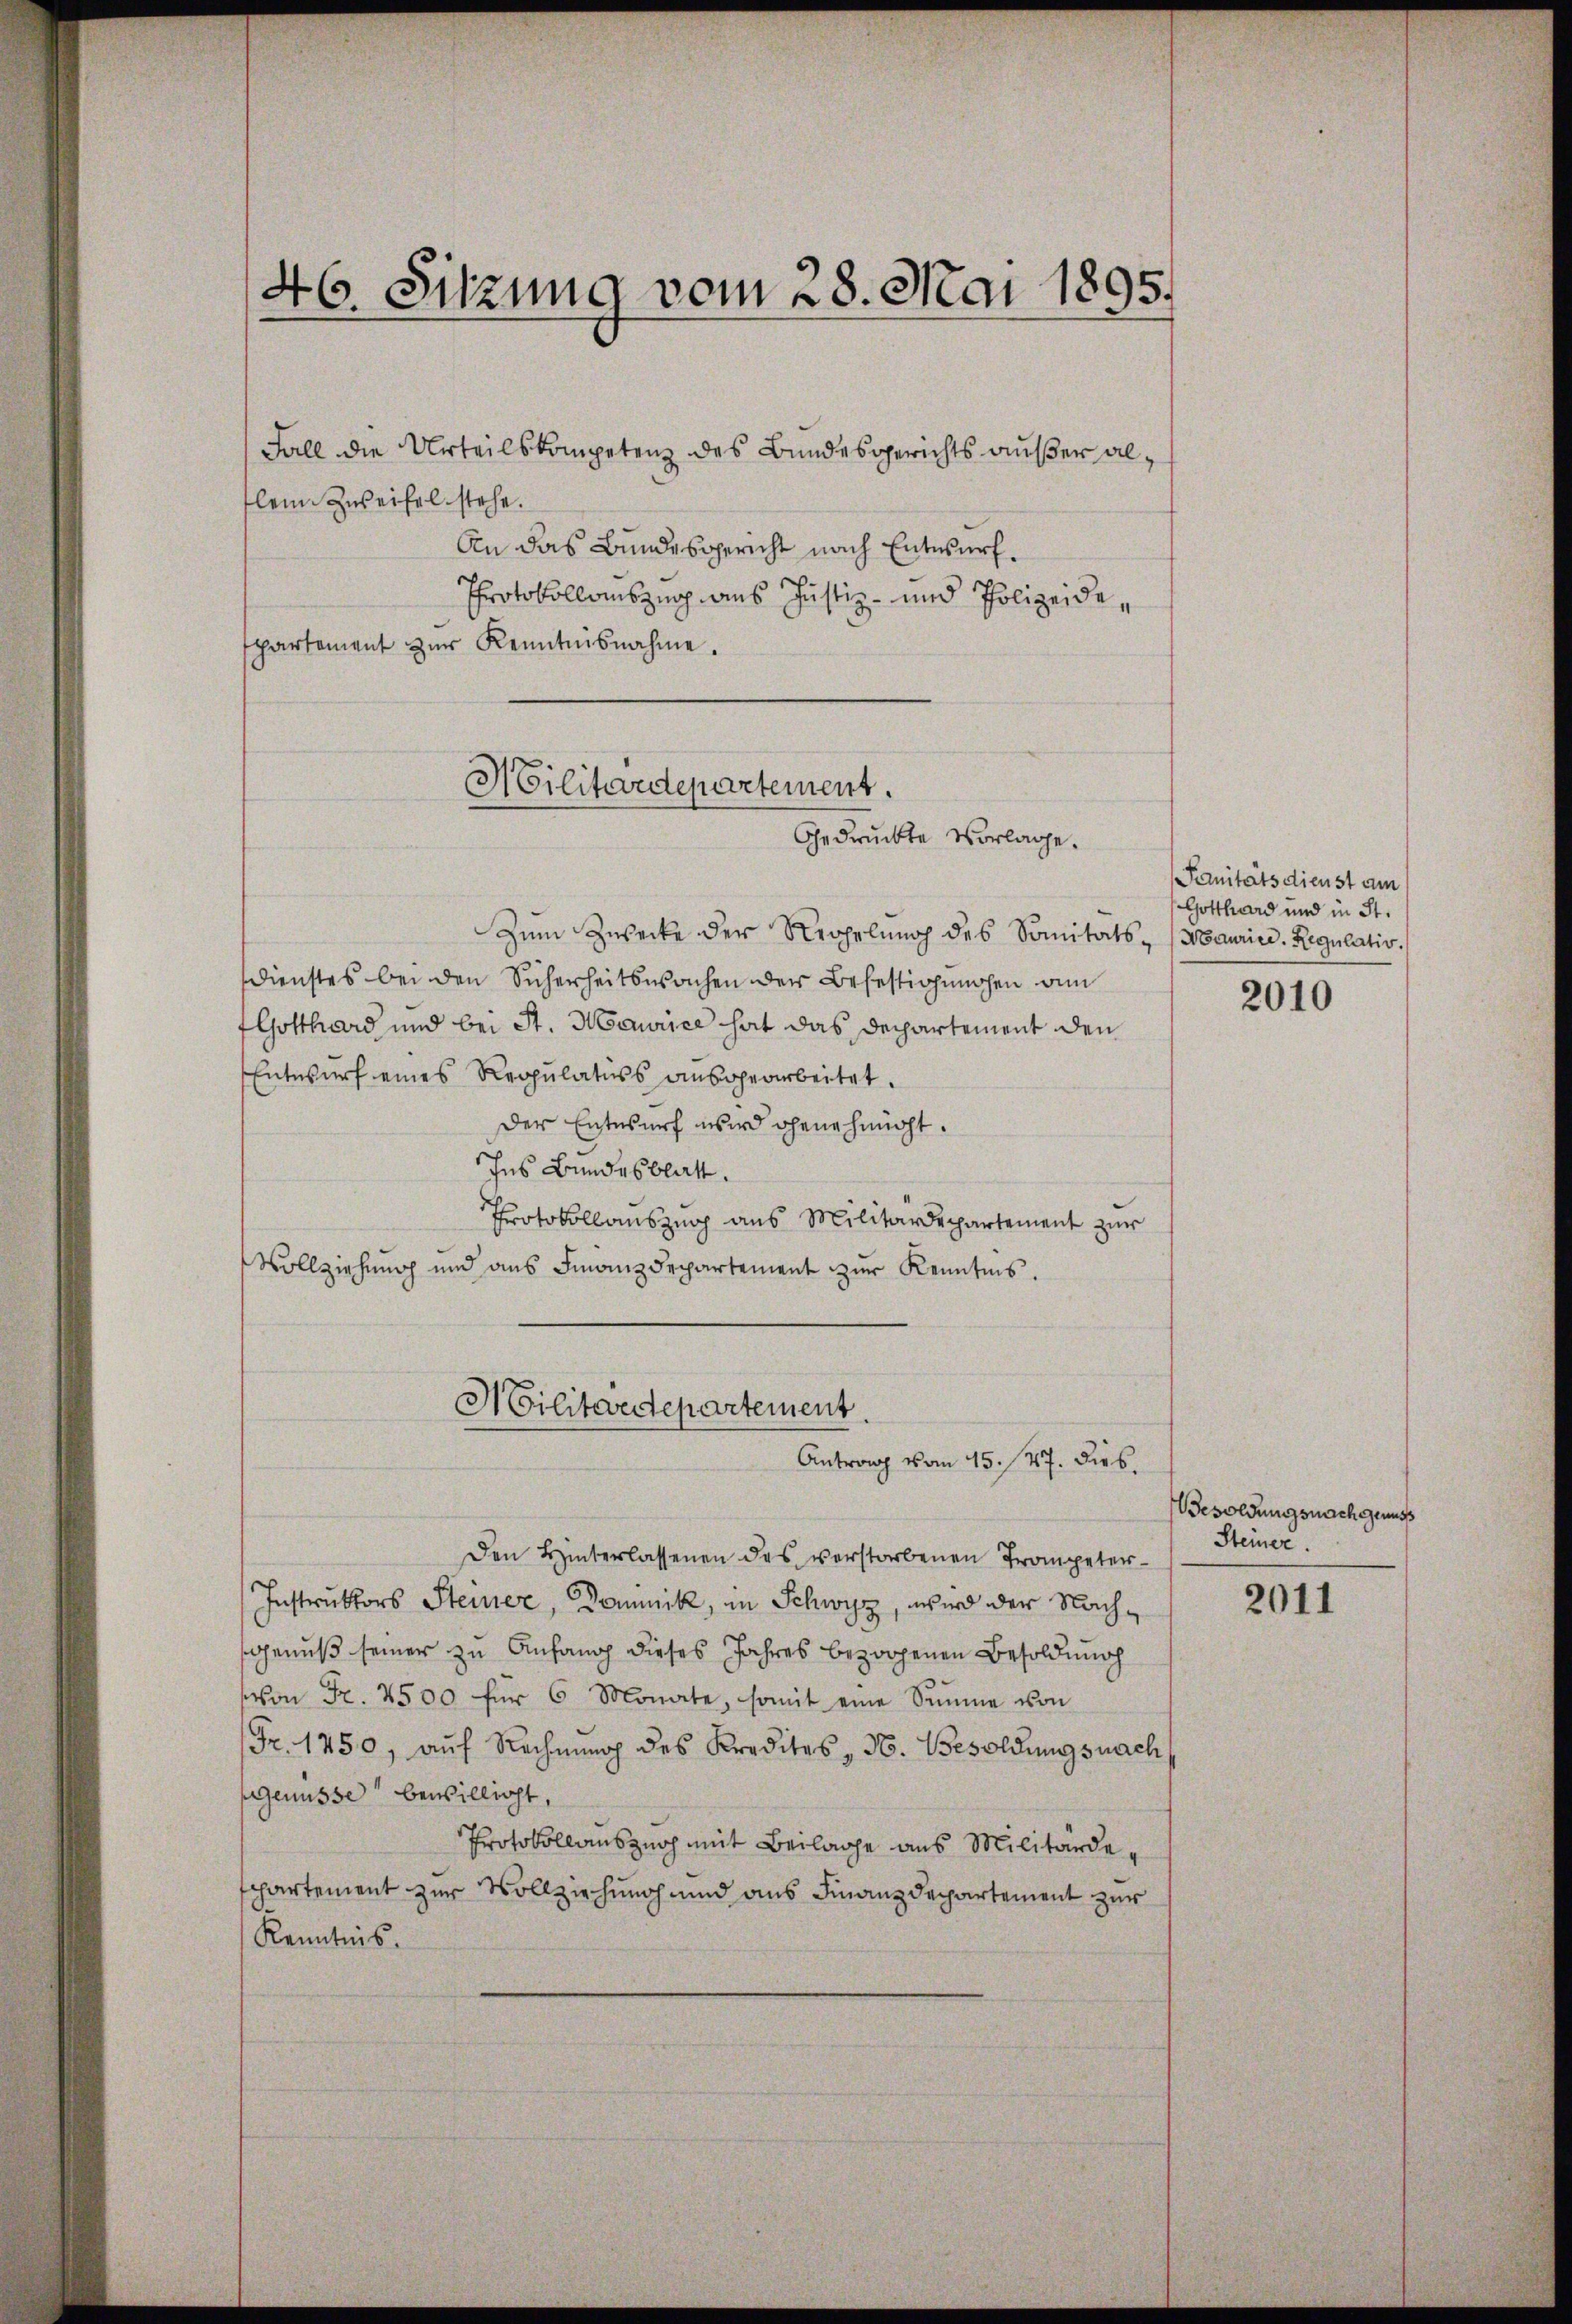
46. Sitzung vom 28. Mai 1895.

Fall die Urteilskompetenz des Bundesgerichts außer allein Zweifel stehe.
An das Bundesgericht nach Entwurf.
Protokollauszug aus Justiz- und Polizeidespartement zŭr Kenntnisnahme.

Militärdepartement.
Gedruckte Vorlage.

Zum Zwecke der Regelung des Sanitäts- (Maurice. Regulativ.
Dienstes bei den Sicherheitswachen der Befestigungen von
Gotthard und bei St. Maurice hat das Departement den
Entwurf eines Reppulatuss ausgearbeitet.
Der Entwurf wird genehmigt.
ches Bundesblatt.
Protokollauszug aus Militärdepartement zur
Vollziehung und aus Finanzdepartement zur Kenntnis.
Den Hinterlassenen des verstorbenen Trompeter¬
Instruktors Steiner, Dominik, in Schwyz, wird der Nach¬
Genuß seiner zu Anfang dieses Jahres bezogenen Besoldung
(von Fr. 2500 für 6 Monate, somit eine Summe von
Fr. 1750, aŭf Rechnŭng des Kredites N. Besoldungsnach
Genüsse bewilligt,
Protokollauszuch mit Beilage aus Militärde,
spartement zur Vollziehung und aus Finanzdepartement zur
Kenntnis.

Militärdepartement
Antrag vom 15. 147. Dieb.

Sanitätsdienst vom
Gotthard und in St.

2010

Besoldungsnach eins
Steiner

2011